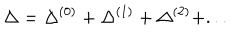
\Delta = \Delta ^ { ( 0 ) } + \Delta ^ { ( 1 ) } + \Delta ^ { ( 2 ) } + . . .